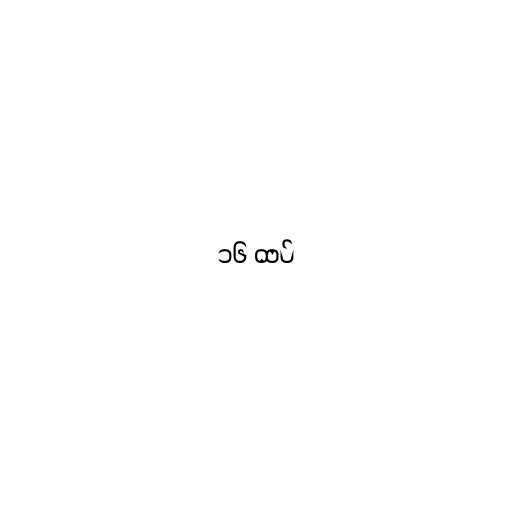
၁၆ ထပ်